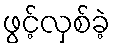
ဖွင့်လှစ်ခဲ့